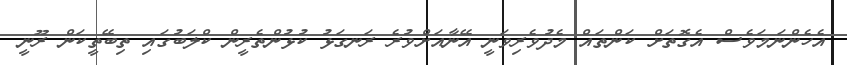
އެހެންނަމަވެސް އެގޮތަށް ކަންތައް މެދުވެރިވަނީ އޭނާއަށްވުރެ ރަނގަޅު ކުޅުންތެރީން ކްލަބުގައި ތިބޭތީކަން ރޫނީ